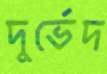
দুর্ভেদ